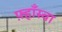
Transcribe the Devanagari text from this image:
फ़्हाँस्वा